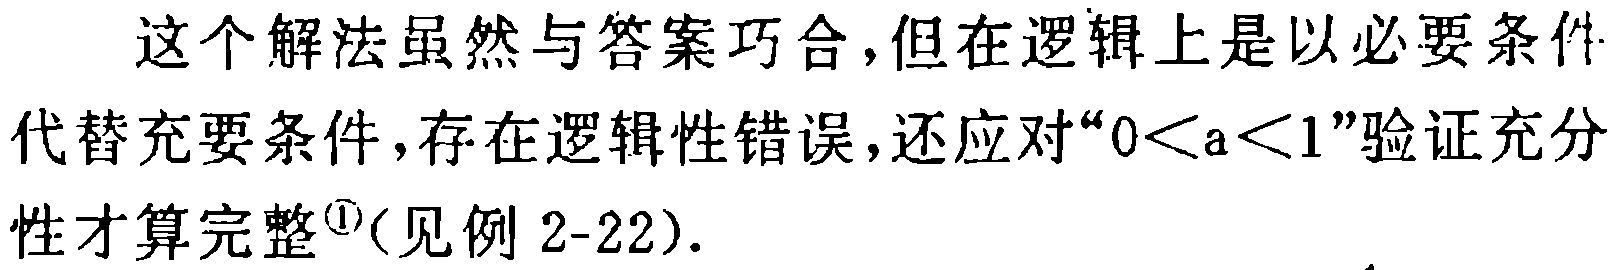
这个解法虽然与答案巧合,但在逻辑上是以必要条件代替充要条件,存在逻辑性错误,还应对“\(0 < a < 1\)”验证充分性才算完整\(^{\textcircled{1}}\)(见例 2-22).